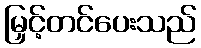
မြှင့်တင်ပေးသည်